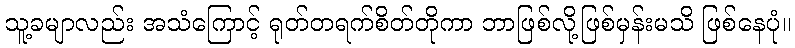
သူ့ခမျာလည်း အသံကြောင့် ရုတ်တရက်စိတ်တိုကာ ဘာဖြစ်လို့ဖြစ်မှန်းမသိ ဖြစ်နေပုံ။